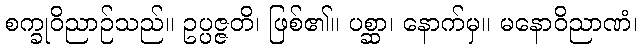
စက္ခုဝိညာဉ်သည်။ ဥပ္ပဇ္ဇတိ၊ ဖြစ်၏။ ပစ္ဆာ၊ နောက်မှ။ မနောဝိညာဏံ၊